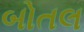
બોતલ